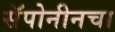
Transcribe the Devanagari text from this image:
सॅपोनीनचा